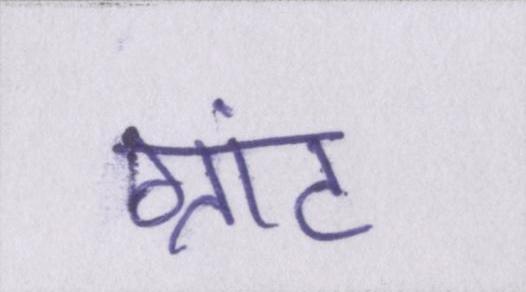
ग्रांट